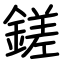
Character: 鎈